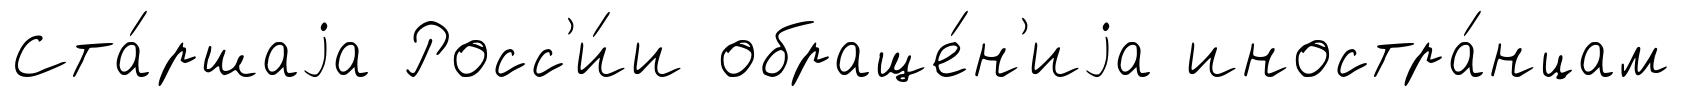
Ста́ршаjа Росс'и́и обраще́н'иjа иностра́нцам